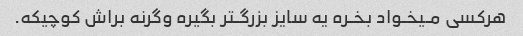
هرکسی مـیخـواد بخـره یه سایز بزرگـتر بگیره وگرنه براش کوچیکه.